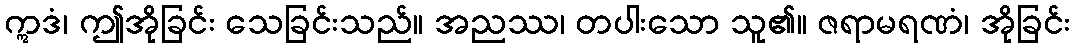
ဣဒံ၊ ဤအိုခြင်း သေခြင်းသည်။ အညဿ၊ တပါးသော သူ၏။ ဇရာမရဏံ၊ အိုခြင်း